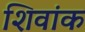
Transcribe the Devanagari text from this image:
शिवांक